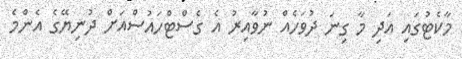
މާކެޓުގައި އަދި މާ ގިނަ ދުވަހެއް ނުވާއިރު އެ ގެސްޓްހައުސްއަށް ދުނިޔޭގެ އެންމެ